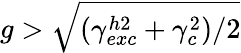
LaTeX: g>\sqrt{(\gamma_{exc}^{h2}+\gamma_{c}^{2})/2}